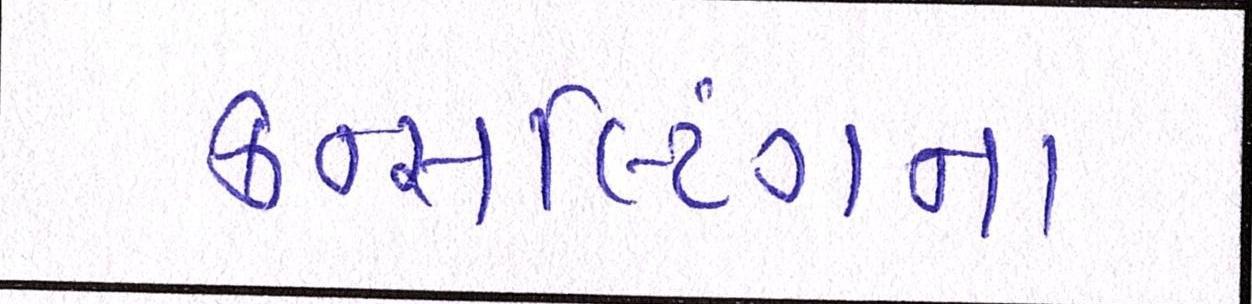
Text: કન્સલ્ટિંગના